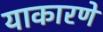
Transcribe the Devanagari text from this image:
याकारणे